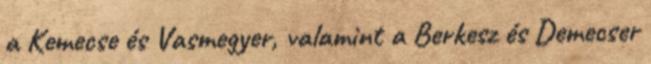
a Kemecse és Vasmegyer, valamint a Berkesz és Demecser